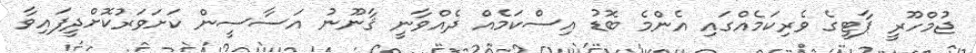
ޖުމްހޫރީ ޕާޓީގެ ވެރިކަމެއްގައި އެންމެ ބޮޑު އިސްކަމެއް ދެއްވާނީ ޤާނޫނު އަސާސީން ކަށަވަރުކޮށްދީފައިވާ